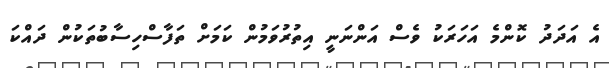
އެ އަދަދު ކޮންމެ އަހަރަކު ވެސް އަންނަނީ އިތުރުވަމުން ކަމަށް ތަފާސްހިސާބުތަކުން ދައްކަ